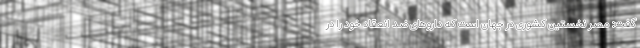
گفت: مصر نخستین کشوری در جهان است که دارو‌های ضد انعقاد خود را در